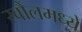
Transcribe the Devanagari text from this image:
रबौलमध्ये